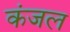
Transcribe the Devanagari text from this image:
कंजल